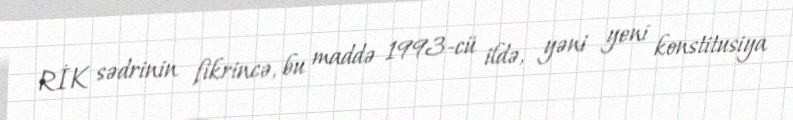
RİK sədrinin fikrincə, bu maddə 1993-cü ildə, yəni yeni konstitusiya